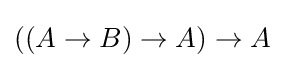
((A\to B)\to A)\to A